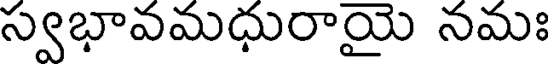
స్వభావమధురాయై నమః